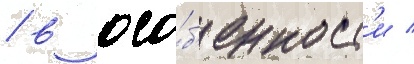
/ в осо́б'енност'и /